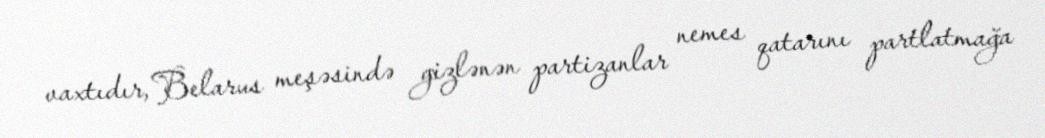
vaxtıdır, Belarus meşəsində gizlənən partizanlar nemes qatarını partlatmağa